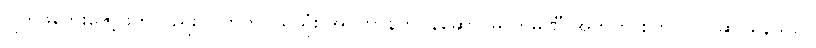
ဂျက်ဖ်ဘေးဇော့ဖ်ကလည်း ဂြိုဟ်တုငယ်သုံး အင်တာနက်ဝန်ဆောင်မှု ကုမ္ပဏီ အတွက် စတင် ပြင်ဆင်နေသလို